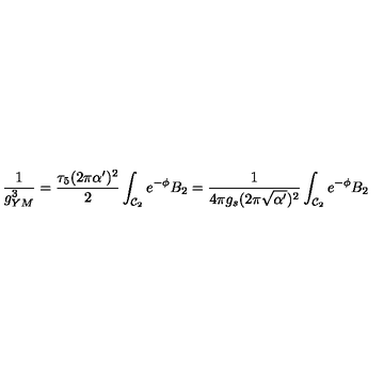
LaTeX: \frac { 1 } { g _ { Y M } ^ { 3 } } = \frac { \tau _ { 5 } ( 2 \pi \alpha ^ { \prime } ) ^ { 2 } } { 2 } \int _ { { \cal { C } } _ { 2 } } { e } ^ { - \phi } B _ { 2 } = \frac { 1 } { 4 \pi g _ { s } ( 2 \pi \sqrt { \alpha ^ { \prime } } ) ^ { 2 } } \int _ { { \cal { C } } _ { 2 } } { e } ^ { - \phi } B _ { 2 }